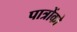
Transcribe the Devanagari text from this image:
पात्रोंको